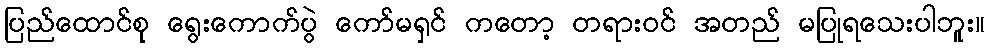
ပြည်ထောင်စု ရွေးကောက်ပွဲ ကော်မရှင် ကတော့ တရားဝင် အတည် မပြုရသေးပါဘူး။